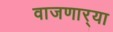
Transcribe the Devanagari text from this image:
वाजणार्‍या